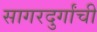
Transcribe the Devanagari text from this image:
सागरदुर्गांची